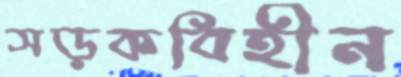
সড়কবিহীন